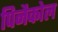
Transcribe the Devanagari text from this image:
पिनैकोल